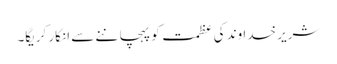
شریر خدا وند کی عظمت کو پہچا ننے سے انکار کریگا۔